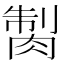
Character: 𦜾